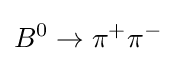
B^{0}\to \pi ^{+}\pi ^{-}